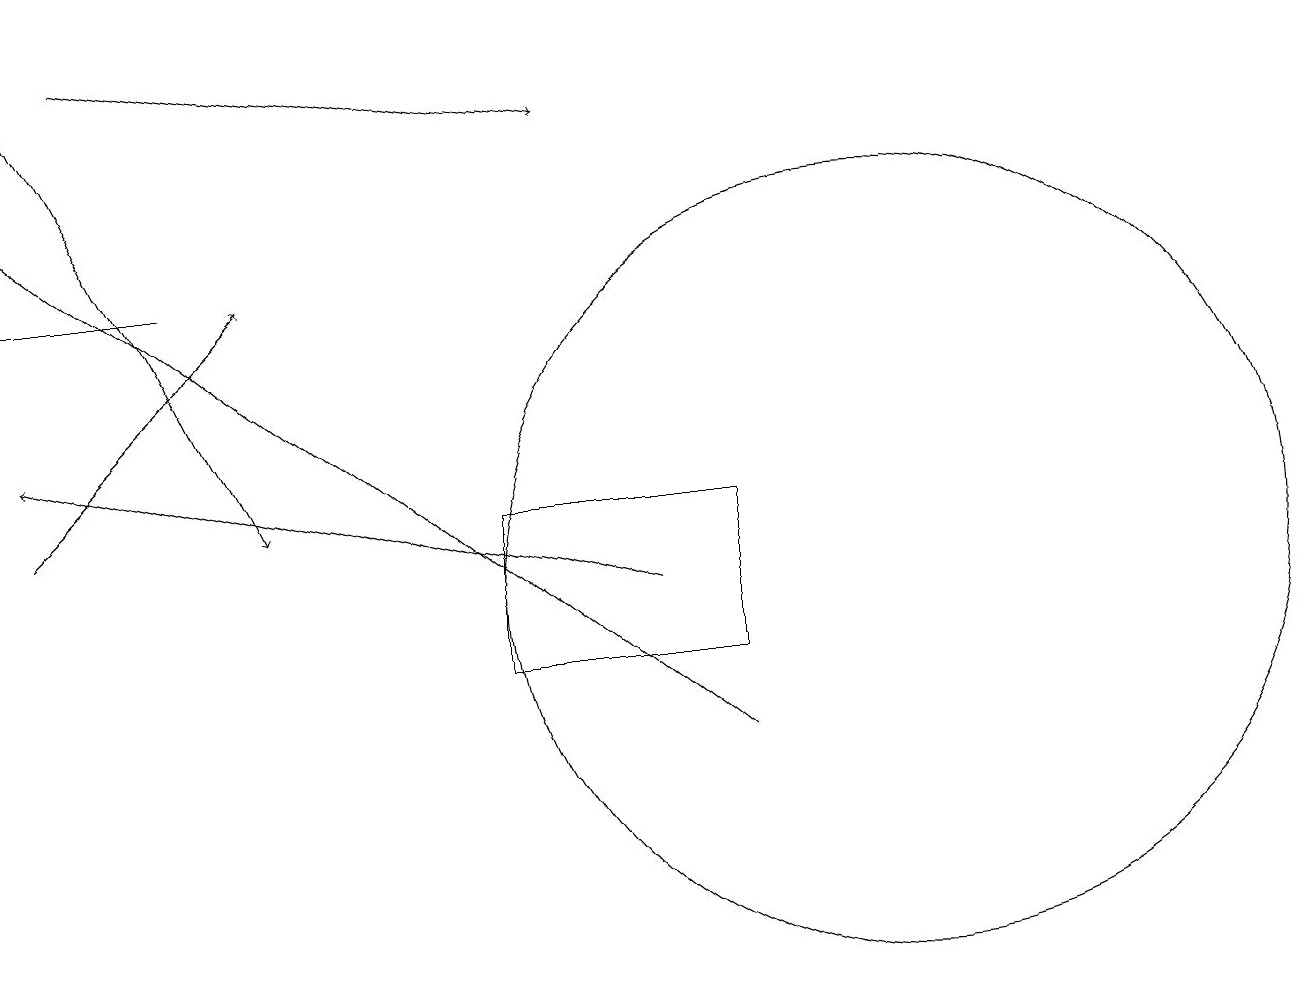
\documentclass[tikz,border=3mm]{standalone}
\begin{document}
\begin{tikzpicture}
\draw (9,13) rectangle (6,11);
\draw[->] (0,13) -- (3,16);
\draw[->] (9,10) -- (0,17);
\draw[->] (0,19) -- (3,13);
\draw (11,12) circle (5);
\draw[->] (8,12) -- (0,14);
\draw[->] (1,19) -- (7,18);
\draw (2,16) rectangle (0,16);
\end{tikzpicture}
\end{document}